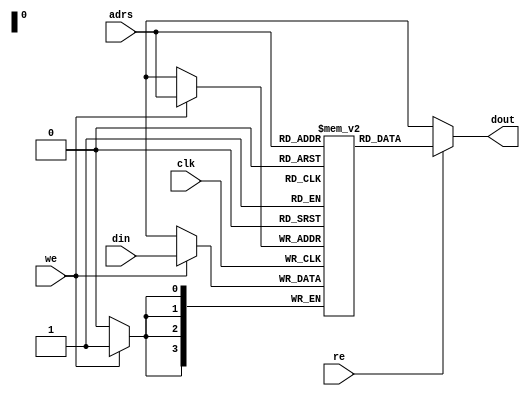
`timescale 1ns/1ns

module ram(clk, re, we, adrs, din, dout);
	input        clk, re, we;
	input  [3:0] adrs, din;
	output [3:0] dout;
	reg    [3:0] data [0:15];
	always@(posedge clk) begin
		if(we == 1'b1) begin
			data[adrs] <= din;
		end
	end
	assign dout = (re == 1'b1) ? data[adrs] : 4'bxxxx;
	
	initial begin
		data[0] = 4'h0;
		data[1] = 4'h0;
		data[2] = 4'h0;
		data[3] = 4'h0;
		data[4] = 4'h0;
		data[5] = 4'h0;
		data[6] = 4'h0;
		data[7] = 4'h0;
		data[8] = 4'h0;
		data[9] = 4'h0;
		data[10] = 4'h0;
		data[11] = 4'h0;
		data[12] = 4'h0;
		data[13] = 4'h0;
		data[14] = 4'h0;
		data[15] = 4'h0;
	end
	wire [3:0] m0, m1, m2, m3;
	assign m0 = data[0];
	assign m1 = data[1];
	assign m2 = data[2];
	assign m3 = data[3];
endmodule